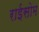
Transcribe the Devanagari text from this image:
राईसोम